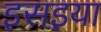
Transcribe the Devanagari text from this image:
इसइया